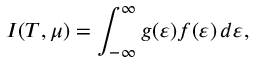
I ( T , \mu ) = \int _ { - \infty } ^ { \infty } g ( \varepsilon ) f ( \varepsilon ) \, d \varepsilon ,